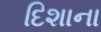
દિશાના